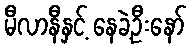
မီလာနီနှင့် နေခဲ့ဦးနော်